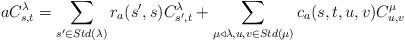
LaTeX: \begin{align*}aC_{s,t}^{\lambda}=\sum_{s'\in Std(\lambda)}r_a(s',s)C_{s',t}^{\lambda}+\sum_{\mu \triangleleft \lambda,u,v\in Std(\mu)}c_a(s,t,u,v)C_{u,v}^{\mu}\end{align*}